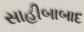
સાહીબાબાદ